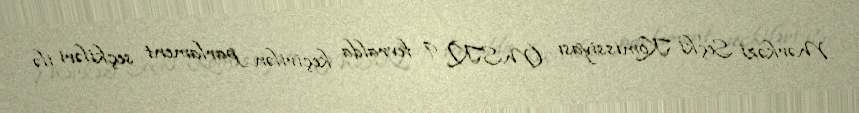
Mərkəzi Seçki Komissiyası (MSK) 9 fevralda keçirilən parlament seçkiləri ilə